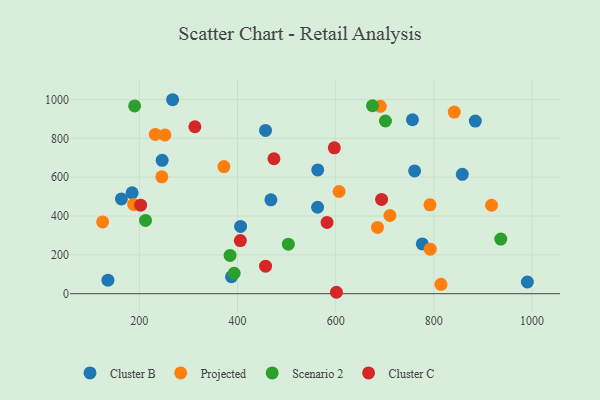
{"axis": {"x": "Investment", "y": "Exam Score"}, "legend": ["Cluster B", "Cluster C", "Projected", "Scenario 2"], "data": [{"x": "760.9", "y": 632.2, "type": "Cluster B"}, {"x": "990.7", "y": 60.2, "type": "Cluster B"}, {"x": "246.5", "y": 686.9, "type": "Cluster B"}, {"x": "468.1", "y": 483.6, "type": "Cluster B"}, {"x": "406.3", "y": 346.7, "type": "Cluster B"}, {"x": "563.5", "y": 637.6, "type": "Cluster B"}, {"x": "267.8", "y": 998.9, "type": "Cluster B"}, {"x": "563.2", "y": 445.3, "type": "Cluster B"}, {"x": "457.2", "y": 840.6, "type": "Cluster B"}, {"x": "756.5", "y": 895.9, "type": "Cluster B"}, {"x": "163.5", "y": 487.9, "type": "Cluster B"}, {"x": "387.8", "y": 87.4, "type": "Cluster B"}, {"x": "185.3", "y": 519.7, "type": "Cluster B"}, {"x": "858.1", "y": 614.7, "type": "Cluster B"}, {"x": "776.6", "y": 256.3, "type": "Cluster B"}, {"x": "136.0", "y": 69.5, "type": "Cluster B"}, {"x": "884.6", "y": 888.8, "type": "Cluster B"}, {"x": "607.1", "y": 526.4, "type": "Projected"}, {"x": "188.4", "y": 459.7, "type": "Projected"}, {"x": "372.3", "y": 654.9, "type": "Projected"}, {"x": "691.0", "y": 965.0, "type": "Projected"}, {"x": "792.8", "y": 229.2, "type": "Projected"}, {"x": "917.7", "y": 455.5, "type": "Projected"}, {"x": "841.7", "y": 935.3, "type": "Projected"}, {"x": "685.3", "y": 341.2, "type": "Projected"}, {"x": "125.2", "y": 369.7, "type": "Projected"}, {"x": "792.2", "y": 457.8, "type": "Projected"}, {"x": "252.1", "y": 817.9, "type": "Projected"}, {"x": "232.6", "y": 820.1, "type": "Projected"}, {"x": "814.6", "y": 48.5, "type": "Projected"}, {"x": "245.8", "y": 602.1, "type": "Projected"}, {"x": "710.6", "y": 402.7, "type": "Projected"}, {"x": "701.5", "y": 889.3, "type": "Scenario 2"}, {"x": "675.1", "y": 968.0, "type": "Scenario 2"}, {"x": "212.6", "y": 377.3, "type": "Scenario 2"}, {"x": "503.6", "y": 254.9, "type": "Scenario 2"}, {"x": "936.5", "y": 281.2, "type": "Scenario 2"}, {"x": "190.4", "y": 967.2, "type": "Scenario 2"}, {"x": "393.2", "y": 105.4, "type": "Scenario 2"}, {"x": "384.9", "y": 197.3, "type": "Scenario 2"}, {"x": "405.8", "y": 273.7, "type": "Cluster C"}, {"x": "582.5", "y": 366.9, "type": "Cluster C"}, {"x": "693.6", "y": 485.3, "type": "Cluster C"}, {"x": "597.3", "y": 751.2, "type": "Cluster C"}, {"x": "457.2", "y": 142.0, "type": "Cluster C"}, {"x": "474.3", "y": 695.0, "type": "Cluster C"}, {"x": "313.2", "y": 859.8, "type": "Cluster C"}, {"x": "601.6", "y": 7.4, "type": "Cluster C"}, {"x": "202.6", "y": 456.1, "type": "Cluster C"}]}